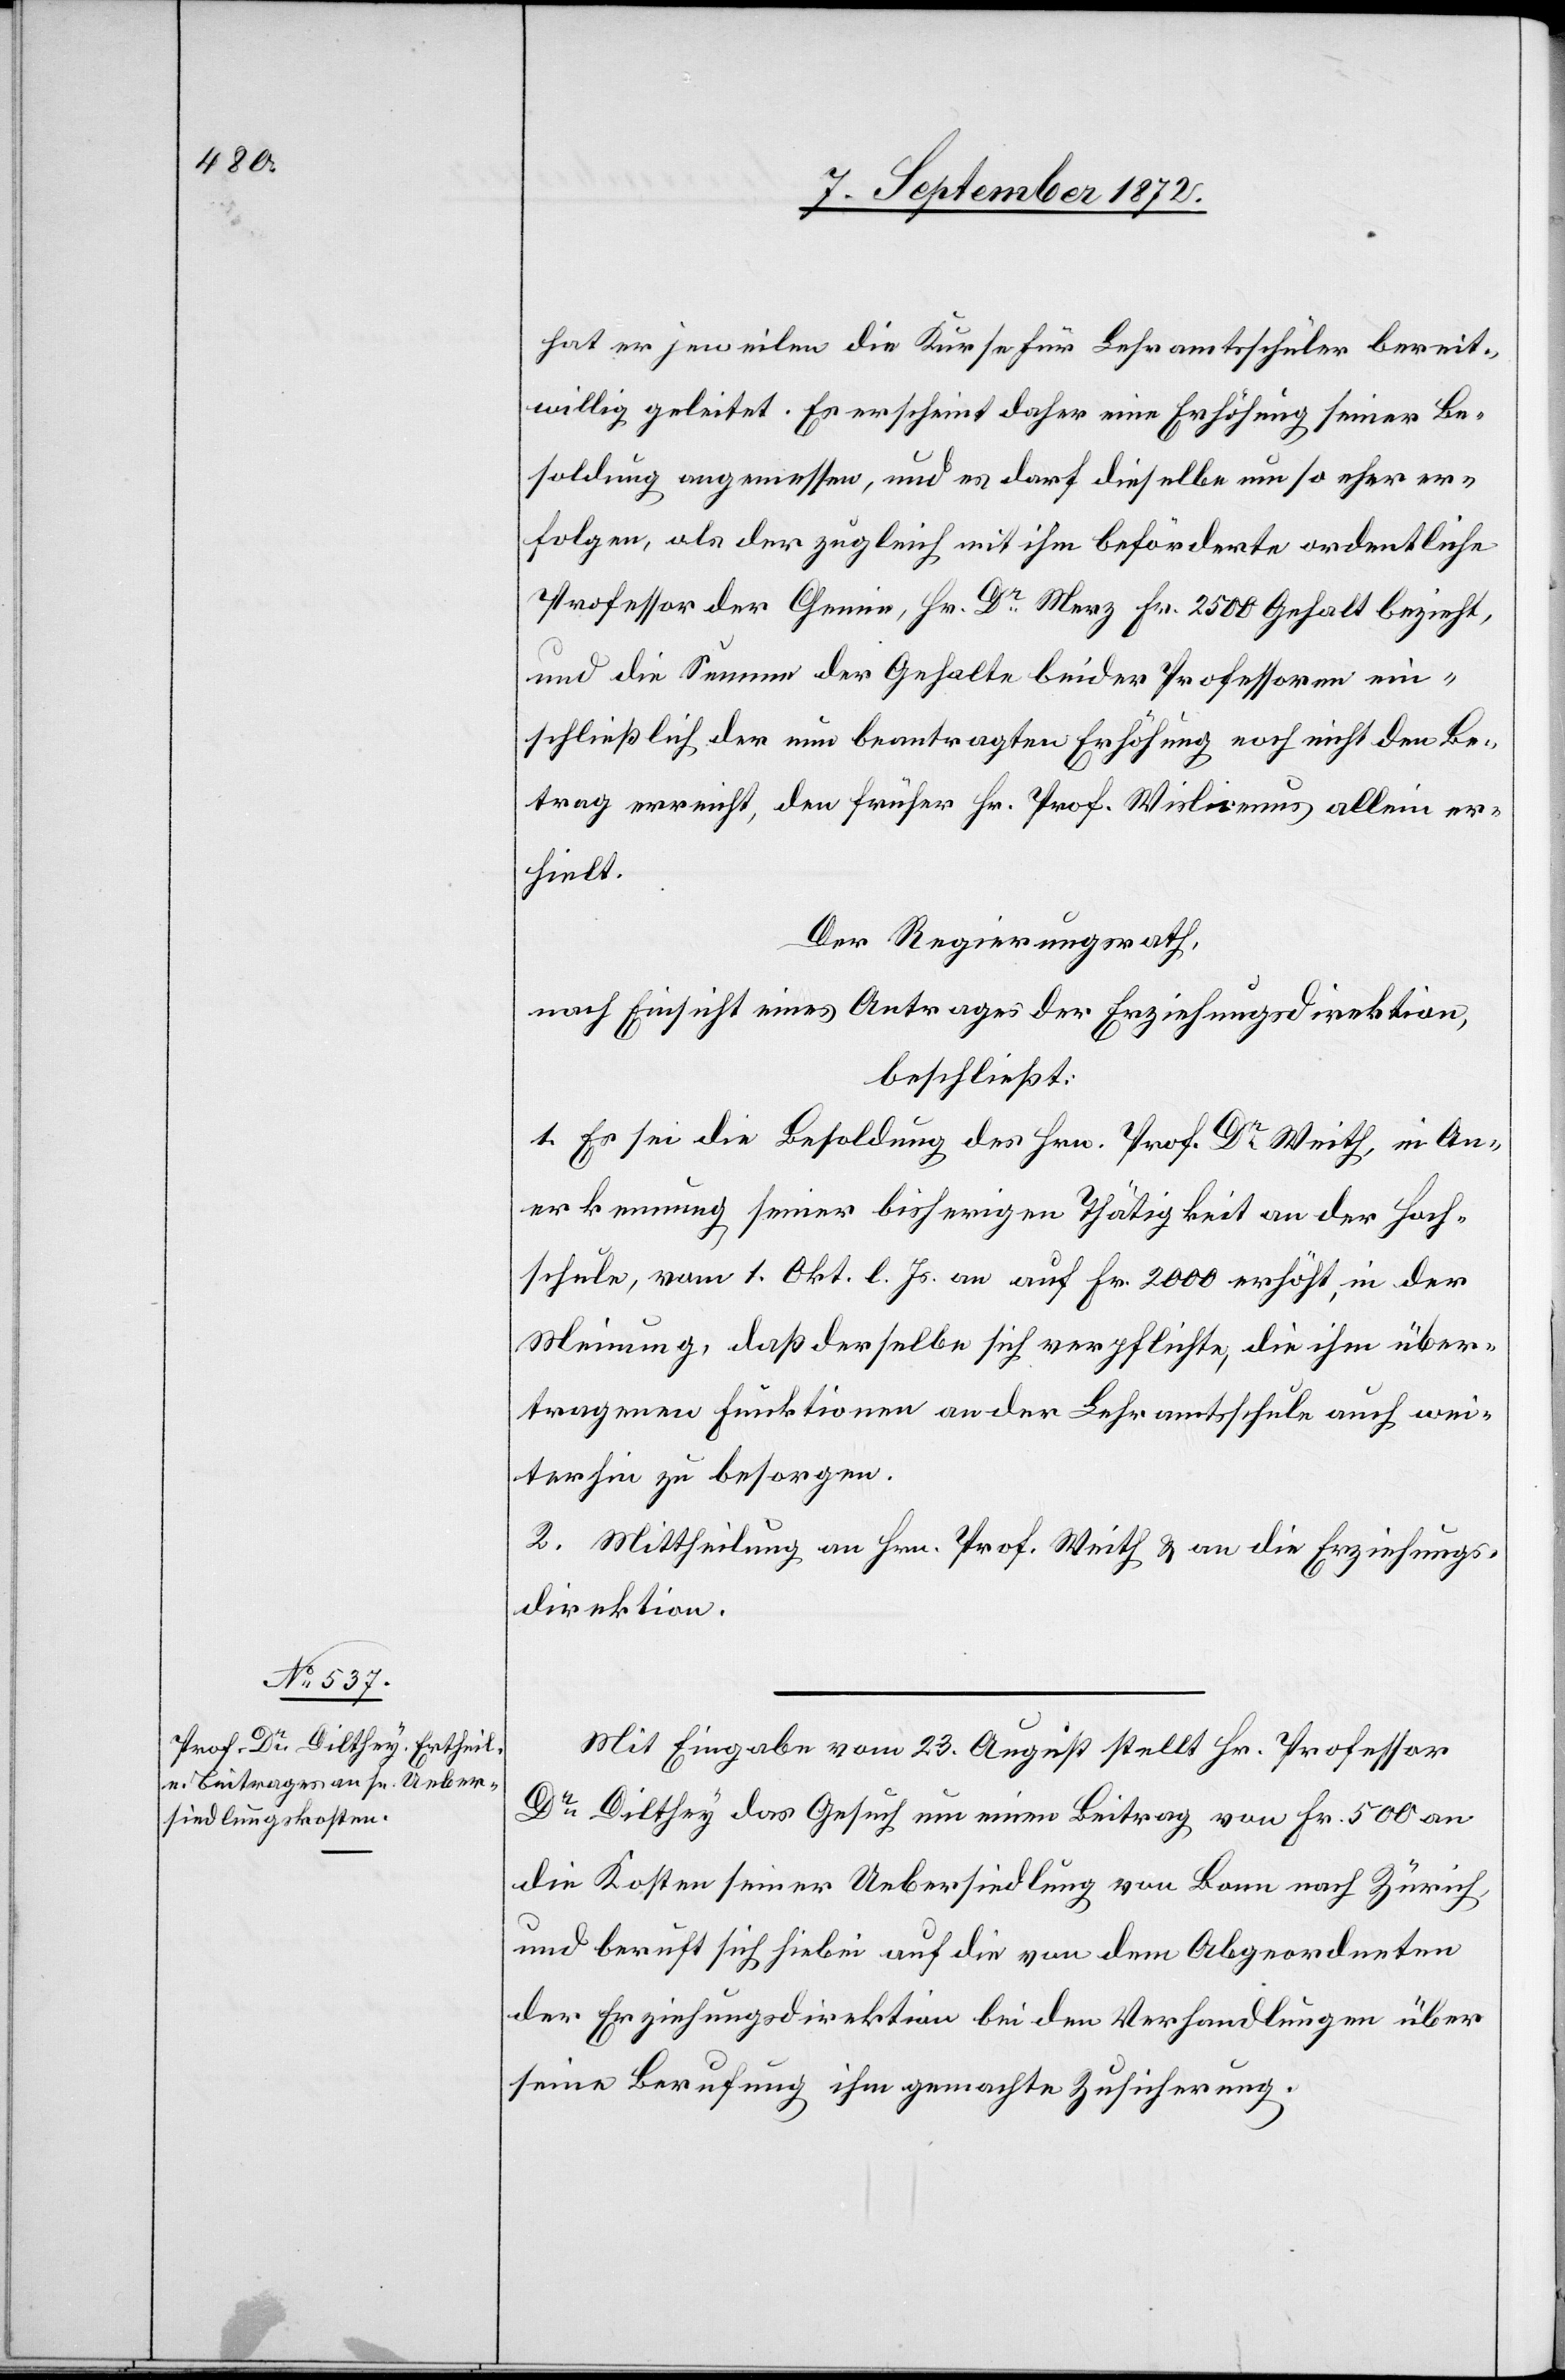
hat er jeweilen die Kurse für Lehramtschüler bereit¬
willig geleitet. Es erscheint daher eine Erhöhung seiner Be¬
soldung angemessen, und es darf dieselbe um so eher er¬
folgen, als der zugleich mit ihm beförderte ordentliche
Professor der Chemie, Hr. Dr Merz Fr. 2500 Gehalt bezieht,
und die Summe der Gehalte beider Professoren ein¬
schließlich der nun beantragten Erhöhung noch nicht den Be¬
trag erreicht, den früher Hr. Prof. Wislicenus allein er¬
hielt.
Der Regierungsrath,
nach Einsicht eines Antrages der Erziehungsdirektion,
beschließt:
1. Es sei die Besoldung des Hrn. Prof. Dr Weith, in An¬
erkennung seiner bisherigen Thätigkeit an der Hoch¬
schule, vom 1. Okt. l. Js. an auf Fr. 2000 erhöht, in der
Meinung, daß derselbe sich verpflichte, die ihm über¬
tragenen Funktionen an der Lehramtschule auch wei¬
terhin zu besorgen.
2. Mittheilung an Hrn. Prof. Weith u. an die Erziehungs¬
direktion.
Mit Eingabe vom 23. August stellt Hr. Professor
Dr Dilthey das Gesuch um einen Beitrag von Fr. 500 an
die Kosten seiner Uebersiedlung von Bonn nach Zürich,
und beruft sich hiebei auf die von dem Abgeordneten
der Erziehungsdirektion bei den Verhandlungen über
seine Berufung ihm gemachte Zusicherung.